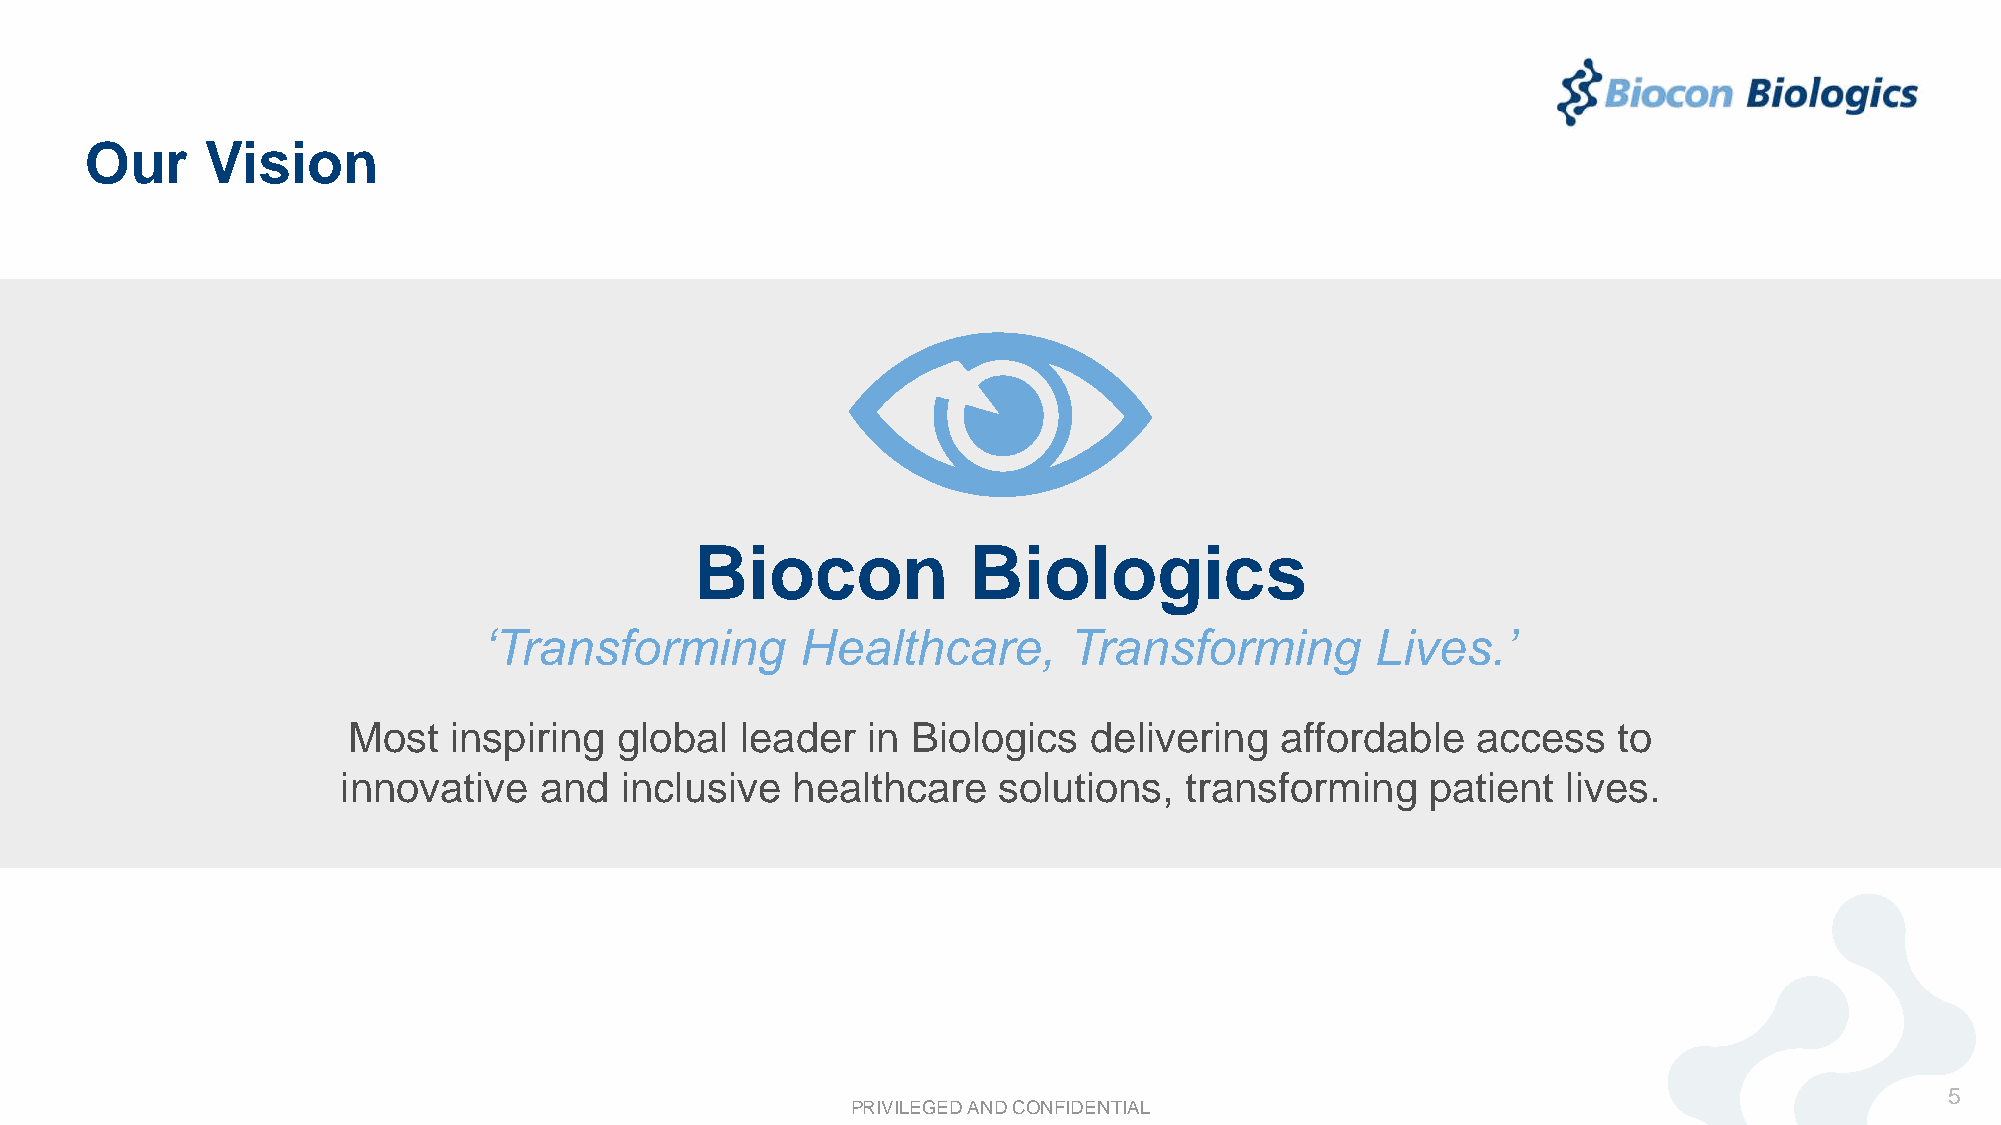
Our     Vision
 Biocon            Biologics
 ‘Transforming        Healthcare,       Transforming        Lives.’
 Most   inspiring  global  leader  in Biologics   delivering   affordable   access   to
 innovative   and  inclusive  healthcare    solutions,  transforming     patient  lives.
 5
 PRIVILEGED AND CONFIDENTIAL